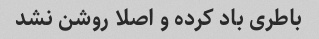
باطری باد کرده و اصلا روشن نشد